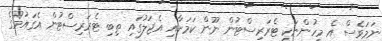
ނަމަވެސް އެ މީހުންނަކީ ޓެރަރިސްޓުން ނޫން ކަމަށާއި އެޖަލުގައި ތިބި ޓެރަރިސްޓުން އެގައުމުގެ